画像に写った文字を読んでください
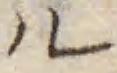
「ル」と書いてあります